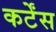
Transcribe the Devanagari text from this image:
कर्टेंस